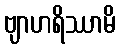
ဗျာဟရိဿာမိ